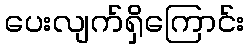
ပေးလျက်ရှိကြောင်း